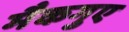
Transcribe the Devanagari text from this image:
मैकगुए